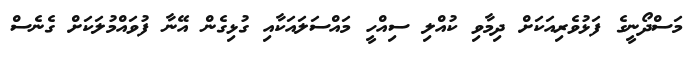
މަސްދޯނީގެ ފަޅުވެރިއަކަށް ދިމާވި ކުއްލި ސިއްހީ މައްސަލައަކާއި ގުޅިގެން އޭނާ ފުވައްމުލަކަށް ގެނެސް